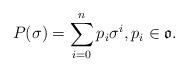
LaTeX: \begin{align*}P(\sigma)=\sum_{i=0}^n p_i\sigma^i,p_i\in \mathfrak{o}.\end{align*}